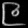
Digit: ၉